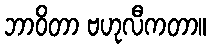
ဘာဝိတာ ဗဟုလီကတာ။